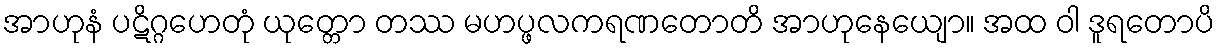
အာဟုနံ ပဋိဂ္ဂဟေတုံ ယုတ္တော တဿ မဟပ္ဖလကရဏတောတိ အာဟုနေယျော။ အထ ဝါ ဒူရတောပိ